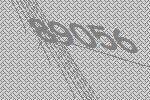
89056